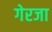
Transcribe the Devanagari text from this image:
गेरजा